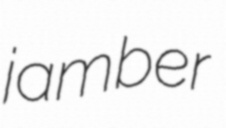
jamber